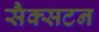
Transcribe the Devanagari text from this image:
सैक्सटन